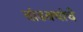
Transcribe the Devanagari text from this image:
दांडक्यांचे